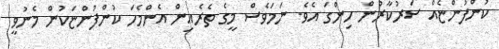
ކުންފުންޏެއް ސަރުކާރުން ހިންގަ އެވެ. ނަމަވެސް މީގެ ތެރެއިން އެންމެހަ ކުންފުންޏަކުން މެނުވީ